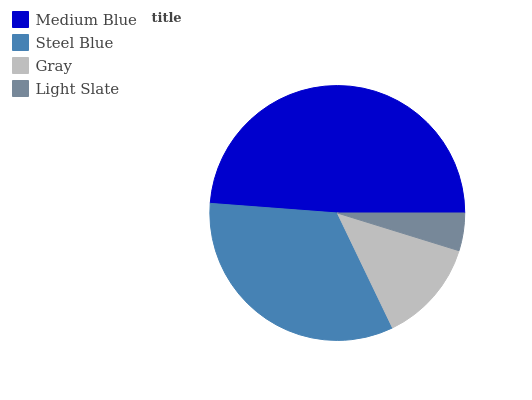
| Medium Blue | Steel Blue | Gray | Light Slate |
 | --- | --- | --- | --- |
 | 48.9% | 33.3% | 13.1% | 4.77% |